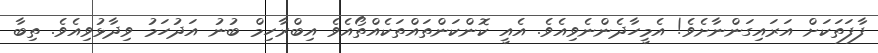
ފާފަތަކަށް އަރައިގަންނާށެވެ! އެމީހާދެންނެވިއެވެ. އެއީ ކޮންކަންތައްތަކެއްތޯއެވެ އިބްރާހިމް ބުނު އަދުހަމު ވިދާޅުވިއެވެ. ތިބާ